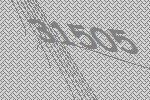
31505